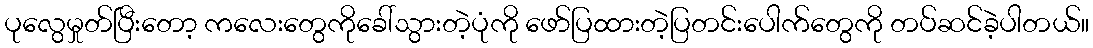
ပုလွေမှုတ်ပြီးတော့ ကလေးတွေကိုခေါ်သွားတဲ့ပုံကို ဖော်ပြထားတဲ့ပြတင်းပေါက်တွေကို တပ်ဆင်ခဲ့ပါတယ်။